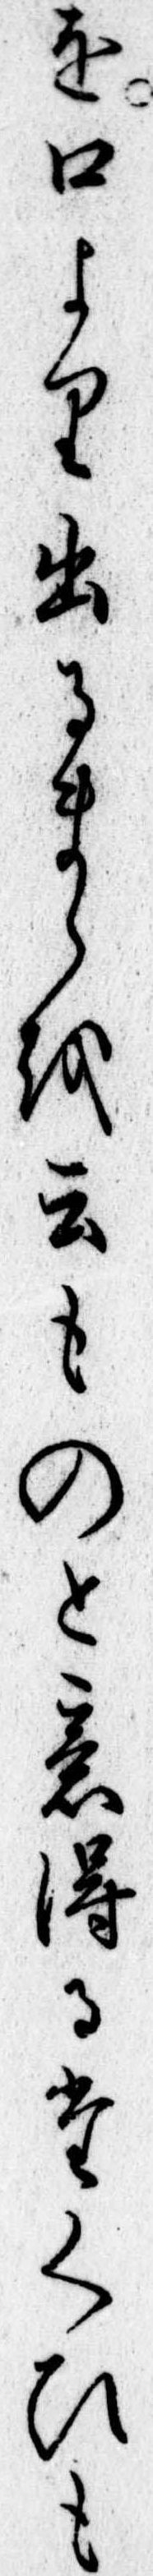
を口より出るまゝを云ものと意得るたくひも